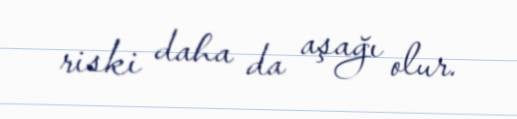
riski daha da aşağı olur.